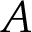
A